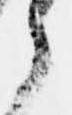
之